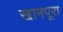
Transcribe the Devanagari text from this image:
खानपूरा